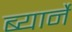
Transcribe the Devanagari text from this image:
ब्यार्ने